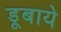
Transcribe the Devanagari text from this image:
डूबाये